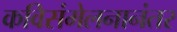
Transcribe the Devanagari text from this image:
कविसंमेलनानंतर